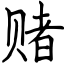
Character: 赌